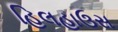
હિલહાઉસ